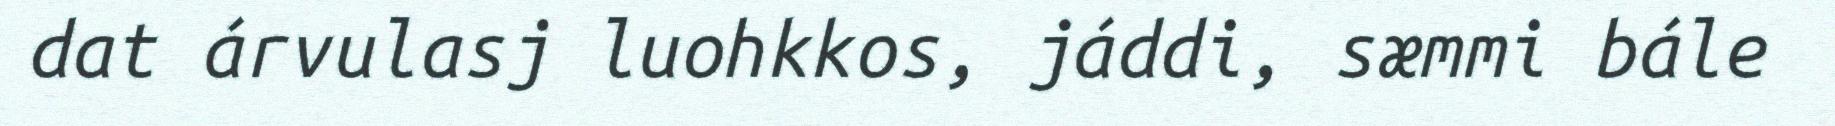
dat árvulasj luohkkos, jáddi, sæmmi bále